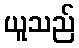
ယူသည်